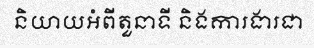
និយាយអំពីតួនាទី និងការងារជា